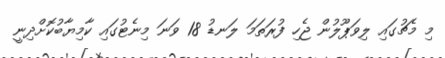
މި މެޗުގައި ލިވަޕޫލުން ޖެހި ފުރަތަމަ ލަނޑު 18 ވަނަ މިނެޓުގައި ކާމިޔާބުކޮށްދިނީ